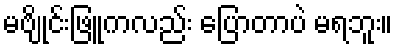
မဗျိုင်းဖြူကလည်း ပြောတာပဲ မရဘူး။